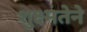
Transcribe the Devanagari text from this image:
शुक्ष्मतेने